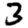
Digit: 3